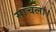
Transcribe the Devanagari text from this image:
साचला।